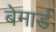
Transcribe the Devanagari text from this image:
बेमार्ड